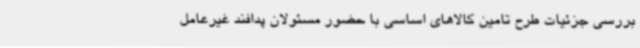
بررسی جزئیات طرح تامین کالاهای اساسی با حضور مسئولان پدافند غیرعامل